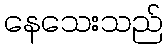
နေသေးသည်